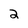
Character: 2